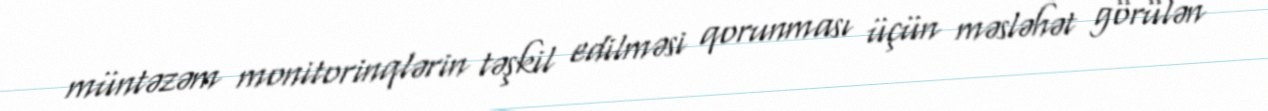
müntəzəm monitorinqlərin təşkil edilməsi qorunması üçün məsləhət görülən